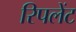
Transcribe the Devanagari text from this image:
रिपलेंट